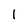
Character: 1